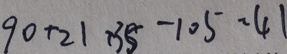
9 0 + 2 1 + 3 5 - 1 0 5 = 4 1